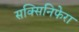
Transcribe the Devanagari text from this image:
सक्सिनिफेरा